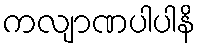
ကလျာဏပါပါနိ